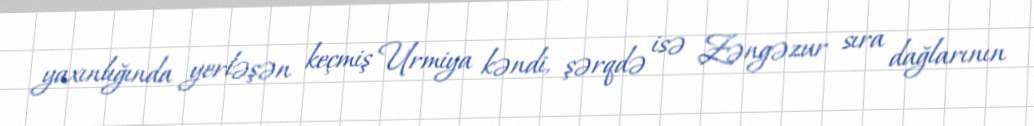
yaxınlığında yerləşən keçmiş Urmiya kəndi, şərqdə isə Zəngəzur sıra dağlarının